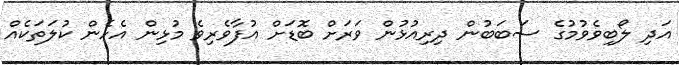
އަދި ލޯބިވެވުމުގެ ސަބަބުން ދިރިއުޅުން ވަރަށް ބޮޑަށް އުފާވެރިވެ މުޅިން އެހެން ކުލަތަކެއް